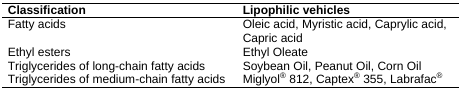
| Classification | Lipophilic vehicles |
 | --- | --- |
 | Fatty acids | Oleic acid, Myristic acid, Caprylic acid, Capric acid |
 | Ethyl esters | Ethyl Oleate |
 | Triglycerides of long-chain fatty acids | Soybean Oil, Peanut Oil, Corn Oil |
 | Triglycerides of medium-chain fatty acids | Miglyol® 812, Captex® 355, Labrafac® |